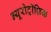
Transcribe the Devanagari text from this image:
न्यूरोट्रॉफ़िक